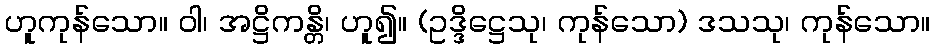
ဟူကုန်သော။ ဝါ၊ အဋ္ဌိကန္တိ၊ ဟူ၍။ (ဥဒ္ဒိဋ္ဌေသု၊ ကုန်သော) ဒသသု၊ ကုန်သော။